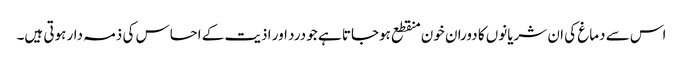
اس سے دماغ کی ان شریانوں کا دوران خون منقطع ہوجاتا ہے جو درد اور اذیت کے احساس کی ذمہ دار ہوتی ہیں۔